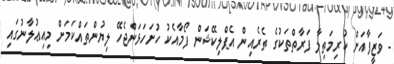
- ވަޒީފާއަށް ކުރިމަތިލާ ފަރާތްތަކުގެ ތެރެއިން އެޕްލިކޭޝަން ފޯމާއެކު ހުށަހަޅަންޖެހޭ ލިޔުންތައްކަމަށް މިއިޢުލާނުގައި